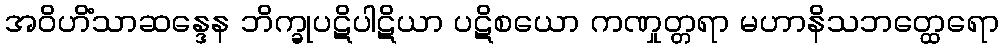
အဝိဟိံသာဆန္ဒေန ဘိက္ခုပဋိပါဋိယာ ပဋိစယော ကဏှုတ္တရာ မဟာနိသဘတ္ထေရော